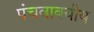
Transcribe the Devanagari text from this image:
पंचवाक्यीय